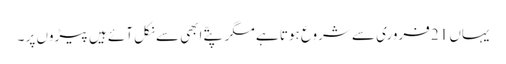
یہاں 21 فروری سے شروع ہوتا ہے مگر پتّے ابھی سے نکل آئے ہیں پیڑوں پر ۔